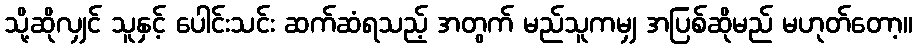
သို့ဆိုလျှင် သူနှင့် ပေါင်းသင်း ဆက်ဆံရသည့် အတွက် မည်သူကမျှ အပြစ်ဆိုမည် မဟုတ်တော့။